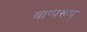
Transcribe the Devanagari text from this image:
बाष्परूप